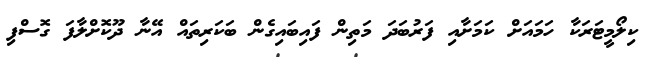
ކިލޯމީޓަރަކާ ހަމައަށް ކަމަށާއި ފަރުބަދަ މަތިން ފައިބައިގެން ބަކަރިތައް އޭނާ ދޫކޮށްލާފަ ގޮސްފި